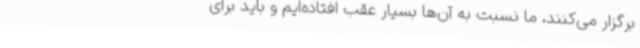
برگزار می‌کنند، ما نسبت به آن‌ها بسیار عقب افتاده‌ایم و باید برای